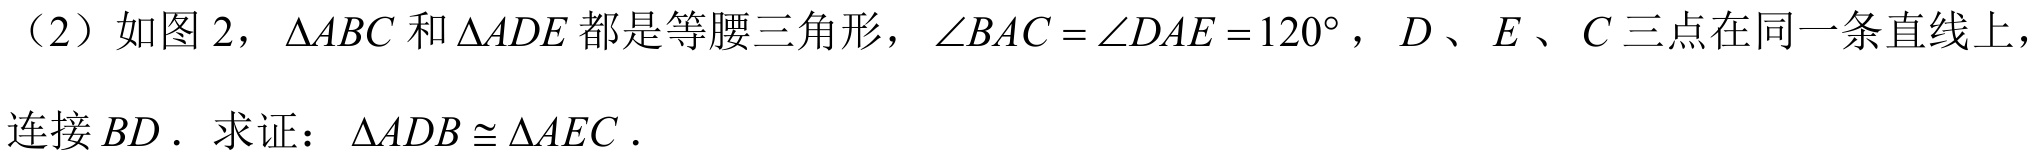
(2) 如图 2，\(\triangle ABC\) 和 \(\triangle ADE\) 都是等腰三角形，\(\angle BAC=\angle DAE = 120^{\circ}\)，\(D\)、\(E\)、\(C\) 三点在同一条直线上，
连接 \(BD\). 求证：\(\triangle ADB\cong\triangle AEC\).